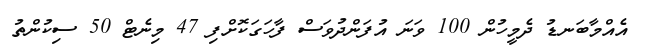
އެއްމާބަނޑު ދެމީހުން 100 ވަނަ އުފަންދުވަސް ފާހަގަކޮށްފި 47 މިނެޓް 50 ސިކުންތު